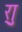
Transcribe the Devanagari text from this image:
र्‍ाु